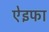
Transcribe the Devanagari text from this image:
ऐइफा